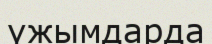
үжымдарда